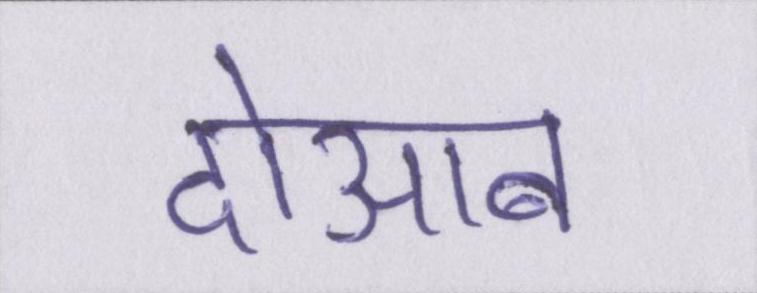
दोआब